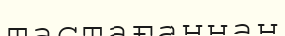
тастағаннан